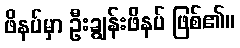
ဖိနပ်မှာ ဦးချွန်းဖိနပ် ဖြစ်၏။